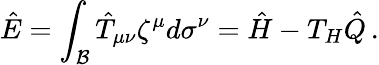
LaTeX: \hat{E}=\int_{\cal B}\hat{T}_{\mu\nu}\zeta^{\mu}d\sigma^{\nu}=\hat{H}-T_{H}\hat{Q}\, .